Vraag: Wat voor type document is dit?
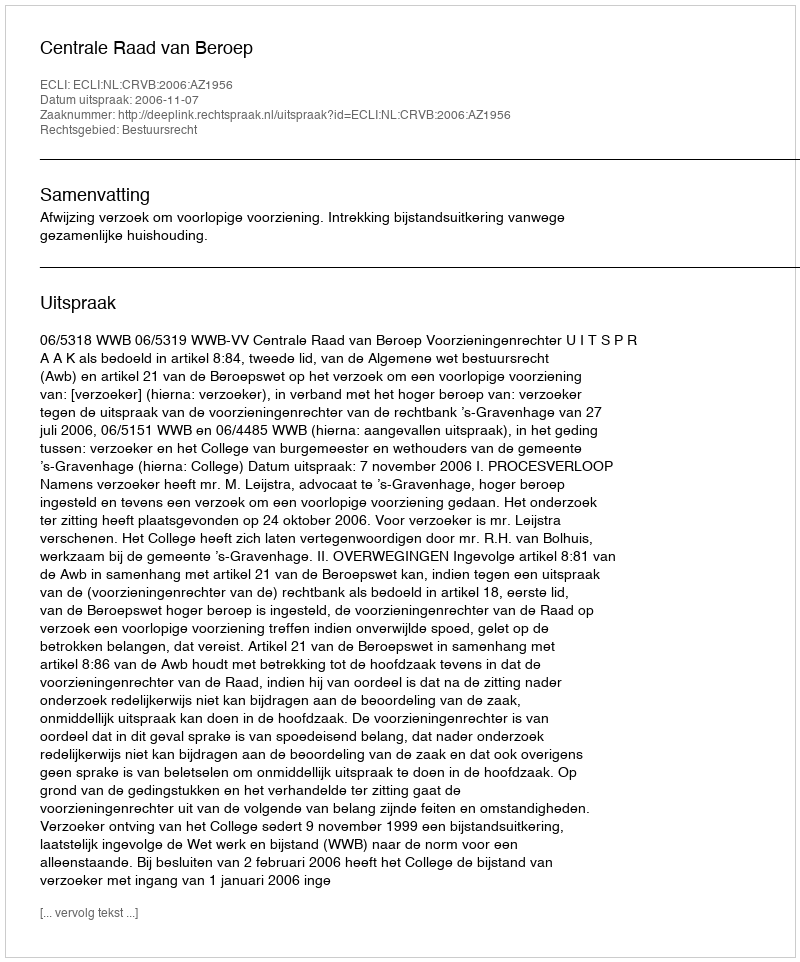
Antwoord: Uitspraak